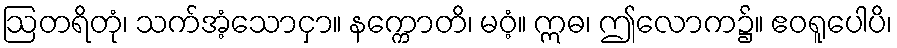
ဩတရိတုံ၊ သက်အံ့သောငှာ။ နက္ကောတိ၊ မဝံ့။ ဣဓ၊ ဤလောက၌။ ဧဝရူပေါပိ၊